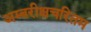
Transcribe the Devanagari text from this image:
अम्बरीक्षचरितम